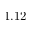
1 . 1 2